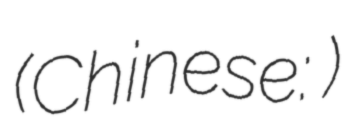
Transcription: (Chinese: 连徐客运专线)